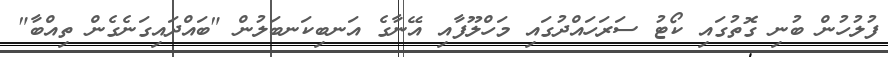
ފުލުހުން ބުނި ގޮތުގައި ކޯޓު ސަރަހައްދުގައި މަހްލޫފާއި އޭނާގެ އަނބިކަނބަލުން "ބައްދައިގަނެގެން ތިއްބާ"